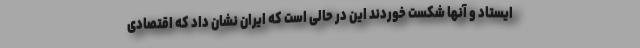
ایستاد و آنها شکست خوردند این در حالی است که ایران نشان داد که اقتصادی